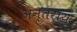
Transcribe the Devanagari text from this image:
अन्तराय